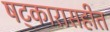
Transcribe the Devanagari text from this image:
षट्कारासहीत